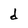
Character: d